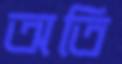
অতি